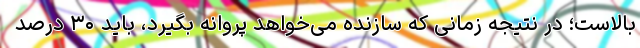
بالاست؛ در نتیجه زمانی که سازنده می‌خواهد پروانه بگیرد، باید ۳۰ درصد